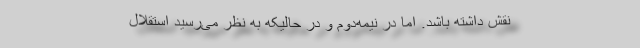
نقش داشته باشد. اما در نیمه‌دوم و در حالیکه به نظر می‌رسید استقلال